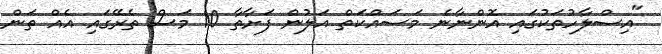
"އިސްލާހުތަކުގައި އޮންނާނެ މަސައްކަތް އަލުން ފަށާތާ 10 މަސް ތެރޭގައި އެއް ތަން